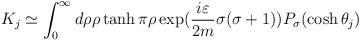
LaTeX: \begin{align*}K_{j}\simeq\int_{0}^{\infty}d\rho\rho\tanh\pi\rho\exp(\frac{i\varepsilon}{2m}\sigma(\sigma+1)) P_{\sigma}(\cosh\theta_{j})\end{align*}